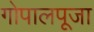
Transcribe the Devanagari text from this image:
गोपालपूजा